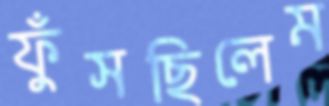
ফুঁসছিলেম